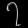
Digit: ၇